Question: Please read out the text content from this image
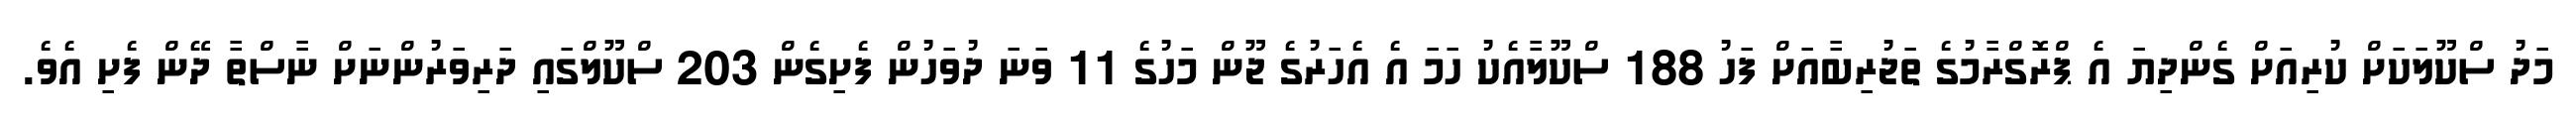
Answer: މަދު ސްކޫލަކަށް ކުރިއަށް ގެންދިޔަ އެ ޕްރޮގްރާމުގެ ތަޖުރިބާއަށް ފަހު 188 ސްކޫލާއެކު ހަމަ އެ އެހަރުގެ ޖޫން މަހުގެ 11 ވަނަ ދުވަހުން ފެށިގެން 203 ސްކޫލްގައި ދަރިވަރުންނަށް ނާސްތާ ދޭން ފެށި އެވެ.